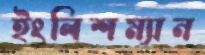
ইংলিশম্যান